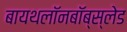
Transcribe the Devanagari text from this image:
बायथलॉनबॉब्स्लेड